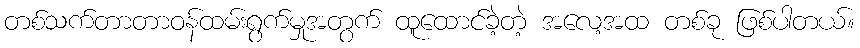
တစ်သက်တာတာဝန်ထမ်းရွက်မှုအတွက် ထူထောင်ခဲ့တဲ့ အလေ့အထ တစ်ခု ဖြစ်ပါတယ်။